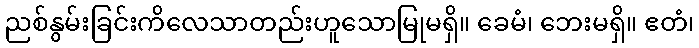
ညစ်နွမ်းခြင်းကိလေသာတည်းဟူသောမြုမရှိ။ ခေမံ၊ ဘေးမရှိ။ ဧတံ၊